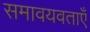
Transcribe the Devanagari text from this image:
समावयवताएँ